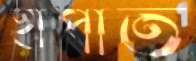
হাঁপাত